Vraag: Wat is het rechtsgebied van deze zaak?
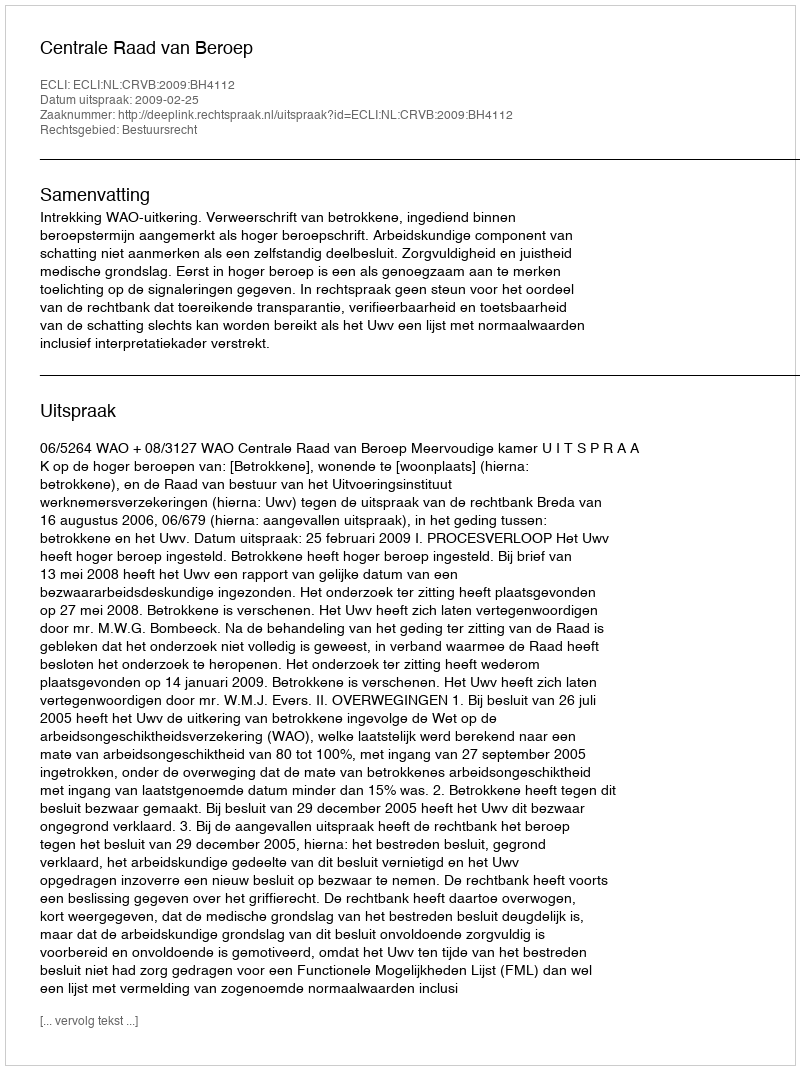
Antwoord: Bestuursrecht